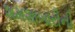
શમશાબારીની